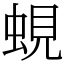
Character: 蜆